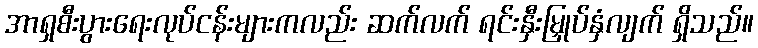
အာရှစီးပွားရေးလုပ်ငန်းများကလည်း ဆက်လက် ရင်းနှီးမြှုပ်နှံလျက် ရှိသည်။